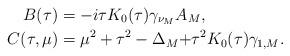
LaTeX: \begin{align*} B(\tau)&={-i\tau K_0(\tau)\gamma_{\nu_M}A_M,}\\ C(\tau,\mu)&=\mu^2+\tau^2-\Delta_M{+\tau^2K_0(\tau)\gamma_{1,M}.}\end{align*}